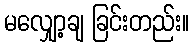
မလျှော့ချ ခြင်းတည်း။